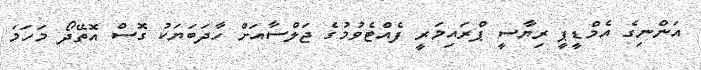
އަންނިގެ އެމްޑީޕީ ރިޔާސީ ޕްރައިމަރީ ފެއްޓެވުމުގެ ޖަލްސާއަށް ހާދަބަޔަކު ގޮސް އޮތޭދޯ މަހަމަ